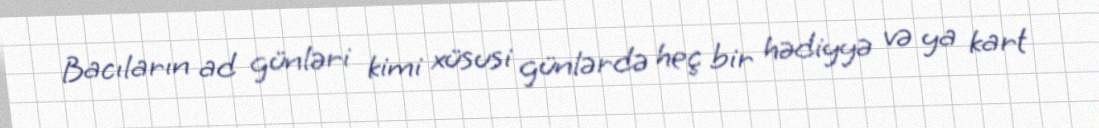
Bacıların ad günləri kimi xüsusi günlərdə heç bir hədiyyə və ya kart